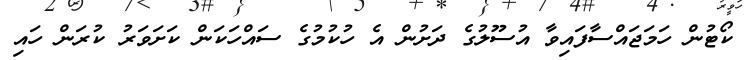
ކޯޓުން ހަމަޖައްސާފައިވާ އުސޫލުގެ ދަށުން އެ ހުކުމުގެ ސައްހަކަން ކަށަވަރު ކުރަން ހައި